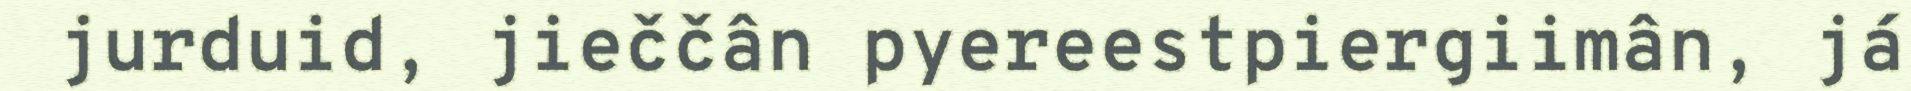
jurduid, jieččân pyereestpiergiimân, já